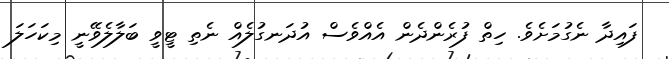
ފައިދާ ނެގުމަށެވެ. ހިތް ފުރެންދެން އެއްވެސް އުދަނގުލެއް ނެތި ޓީވީ ބަލާލެވޭނީ މިކަހަލަ